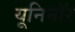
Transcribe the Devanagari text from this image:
यूनिनॉर